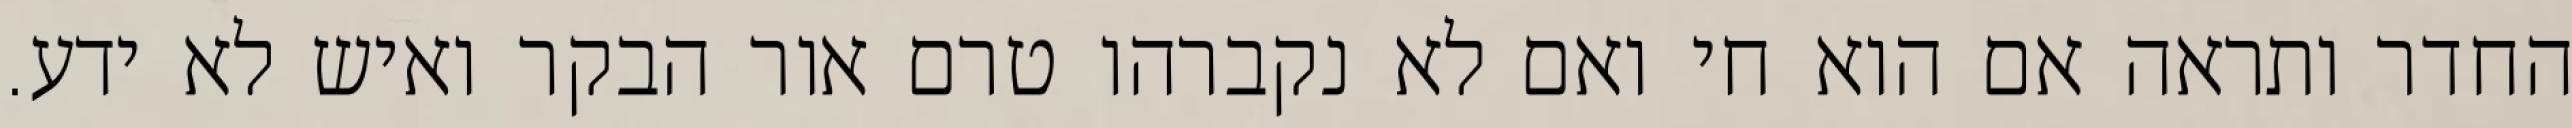
החדר ותראה אם הוא חי ואם לא נקברהו טרם אור הבקר ואיש לא ידע.